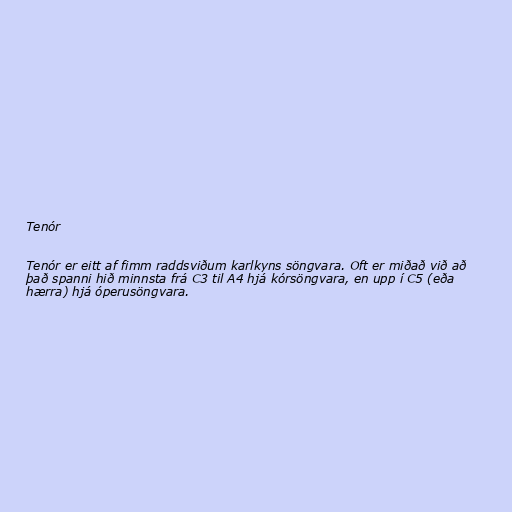
Tenór

Tenór er eitt af fimm raddsviðum karlkyns söngvara. Oft er miðað við að
það spanni hið minnsta frá C3 til A4 hjá kórsöngvara, en upp í C5 (eða
hærra) hjá óperusöngvara.